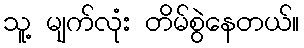
သူ့ မျက်လုံး တိမ်စွဲနေတယ်။